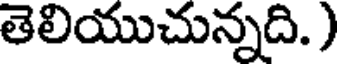
తెలియుచున్నది. )